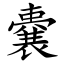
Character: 嚢